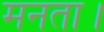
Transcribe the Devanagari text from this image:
मनता।